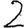
Digit: 2